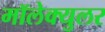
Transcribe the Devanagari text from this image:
मॉलेक्युलर